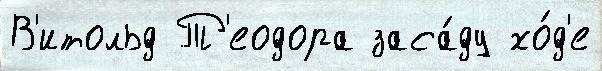
В'итольд Т'еодора заса́ду хо́д'е